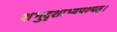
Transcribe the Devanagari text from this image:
शभुदृशाभ्यपश्मत्।